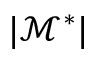
\lvert \mathcal { M } ^ { * } \rvert